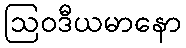
ဩဝဒီယမာနော